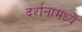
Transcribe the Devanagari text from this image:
दर्शनामध्ये